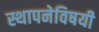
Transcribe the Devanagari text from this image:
स्थापनेविषयी